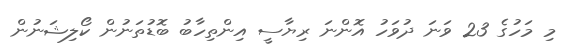
މި މަހުގެ 23 ވަނަ ދުވަހު އޮންނަ ރިޔާސީ އިންތިހާބު ބޮޑުތަނުން ކޯލިޝަނުން